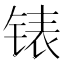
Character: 𰾍